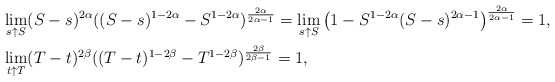
\begin{align*} & \lim_{s\uparrow S} (S-s)^{2\alpha}((S-s)^{1-2\alpha} - S^{1-2\alpha})^{\frac{2\alpha}{2\alpha-1}} = \lim_{s\uparrow S} \left(1- S^{1-2\alpha}(S-s)^{2\alpha - 1} \right)^{\frac{2\alpha}{2\alpha-1}} = 1, \\ &\lim_{t\uparrow T} (T-t)^{2\beta}((T-t)^{1-2\beta} - T^{1-2\beta})^{\frac{2\beta}{2\beta-1}} = 1, \end{align*}